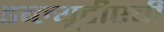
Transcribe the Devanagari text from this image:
डब्ल्यूटीएची